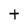
Character: t